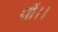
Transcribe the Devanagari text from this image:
थीं।।